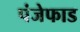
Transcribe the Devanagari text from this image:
पंजेफाड